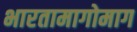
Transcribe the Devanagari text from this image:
भारतामागोमाग